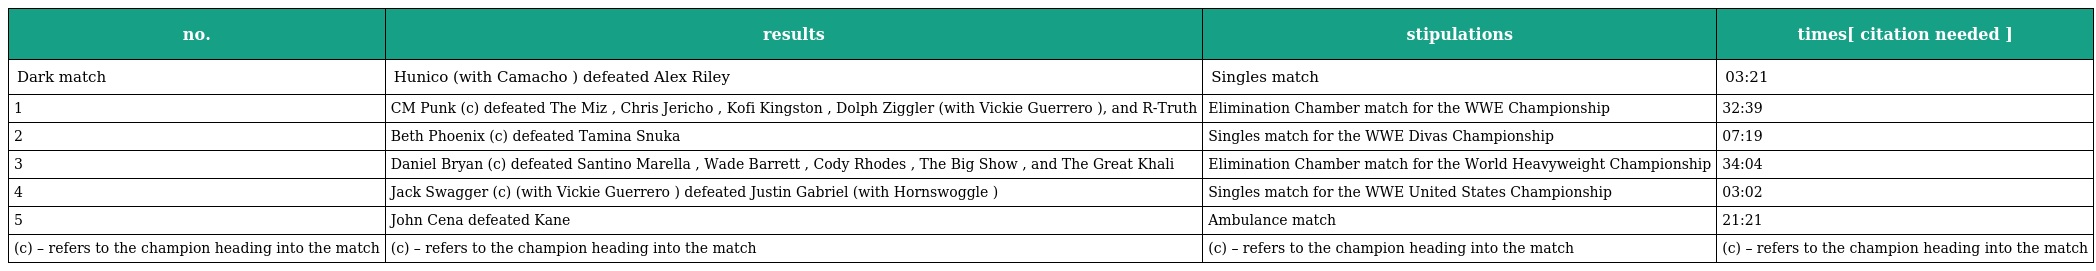
| no. | results | stipulations | times[ citation needed ] |
 | --- | --- | --- | --- |
 | Dark match | Hunico (with Camacho ) defeated Alex Riley | Singles match | 03:21 |
 | 1 | CM Punk (c) defeated The Miz , Chris Jericho , Kofi Kingston , Dolph Ziggler (with Vickie Guerrero ), and R-Truth | Elimination Chamber match for the WWE Championship | 32:39 |
 | 2 | Beth Phoenix (c) defeated Tamina Snuka | Singles match for the WWE Divas Championship | 07:19 |
 | 3 | Daniel Bryan (c) defeated Santino Marella , Wade Barrett , Cody Rhodes , The Big Show , and The Great Khali | Elimination Chamber match for the World Heavyweight Championship | 34:04 |
 | 4 | Jack Swagger (c) (with Vickie Guerrero ) defeated Justin Gabriel (with Hornswoggle ) | Singles match for the WWE United States Championship | 03:02 |
 | 5 | John Cena defeated Kane | Ambulance match | 21:21 |
 | (c) – refers to the champion heading into the match | (c) – refers to the champion heading into the match | (c) – refers to the champion heading into the match | (c) – refers to the champion heading into the match |